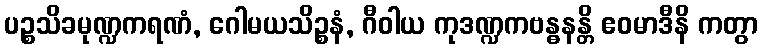
ပဉ္စသိခမုဏ္ဍကရဏံ, ဂေါမယသိဉ္စနံ, ဂီဝါယ ကုဒဏ္ဍကဗန္ဓနန္တိ ဧဝမာဒီနိ ကတွာ